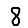
Digit: 8